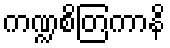
ကဏ္ဍစိတြကာနိ